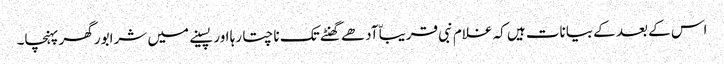
اس کے بعد کے بیانات ہیں کہ غلام نبی قریباّ آدھے گھنٹے تک ناچتا رہا اور پسینے میں شرابور گھر پہنچا۔